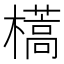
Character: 𣝏